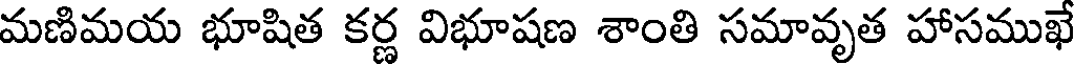
మణిమయ భూషిత కర్ణ విభూషణ శాంతి సమావృత హాసముఖే